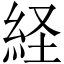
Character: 経